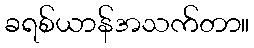
ခရစ်ယာန်အသက်တာ။